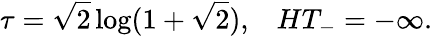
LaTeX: \tau=\sqrt{2}\log(1+\sqrt{2}),\; \; \; HT_{-}=-\infty.